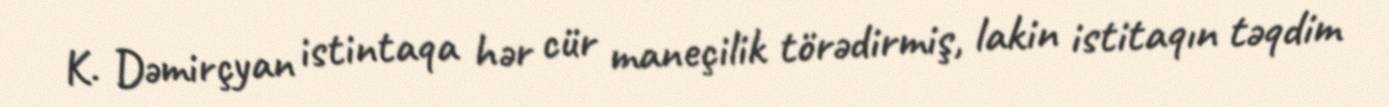
K. Dəmirçyan istintaqa hər cür maneçilik törədirmiş, lakin istitaqın təqdim